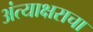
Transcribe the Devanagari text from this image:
अंत्याक्षराचा